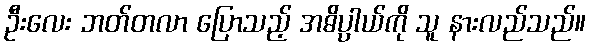
ဦးလေး ဘတ်တလာ ပြောသည့် အဓိပ္ပာယ်ကို သူ နားလည်သည်။